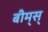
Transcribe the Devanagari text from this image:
बीम्‌स्